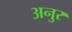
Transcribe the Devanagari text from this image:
अनुर